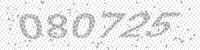
Solution: 080725